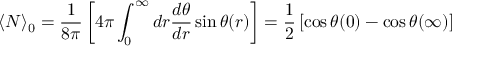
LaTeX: \langle N \rangle _ { 0 } = \frac { 1 } { 8 \pi } \left[ 4 \pi \int _ { 0 } ^ { \infty } d r \frac { d \theta } { d r } \sin \theta ( r ) \right] = \frac { 1 } { 2 } \left[ \cos \theta ( 0 ) - \cos \theta ( \infty ) \right]